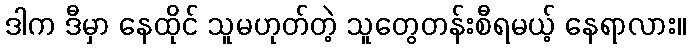
ဒါက ဒီမှာ နေထိုင် သူမဟုတ်တဲ့ သူတွေတန်းစီရမယ့် နေရာလား။